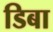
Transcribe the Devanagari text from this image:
डिबा